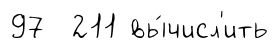
97 211 вы́числ'ить